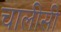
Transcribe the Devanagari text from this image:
चालीसी